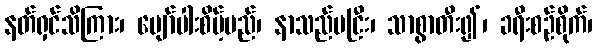
နတ်ရှင်သိကြား၊ ပျော်ပါးစိမ့်မည်၊ နာသည်မငြီး၊ သာစွာတီး၍၊ ခရီးစဉ်စိုက်၊